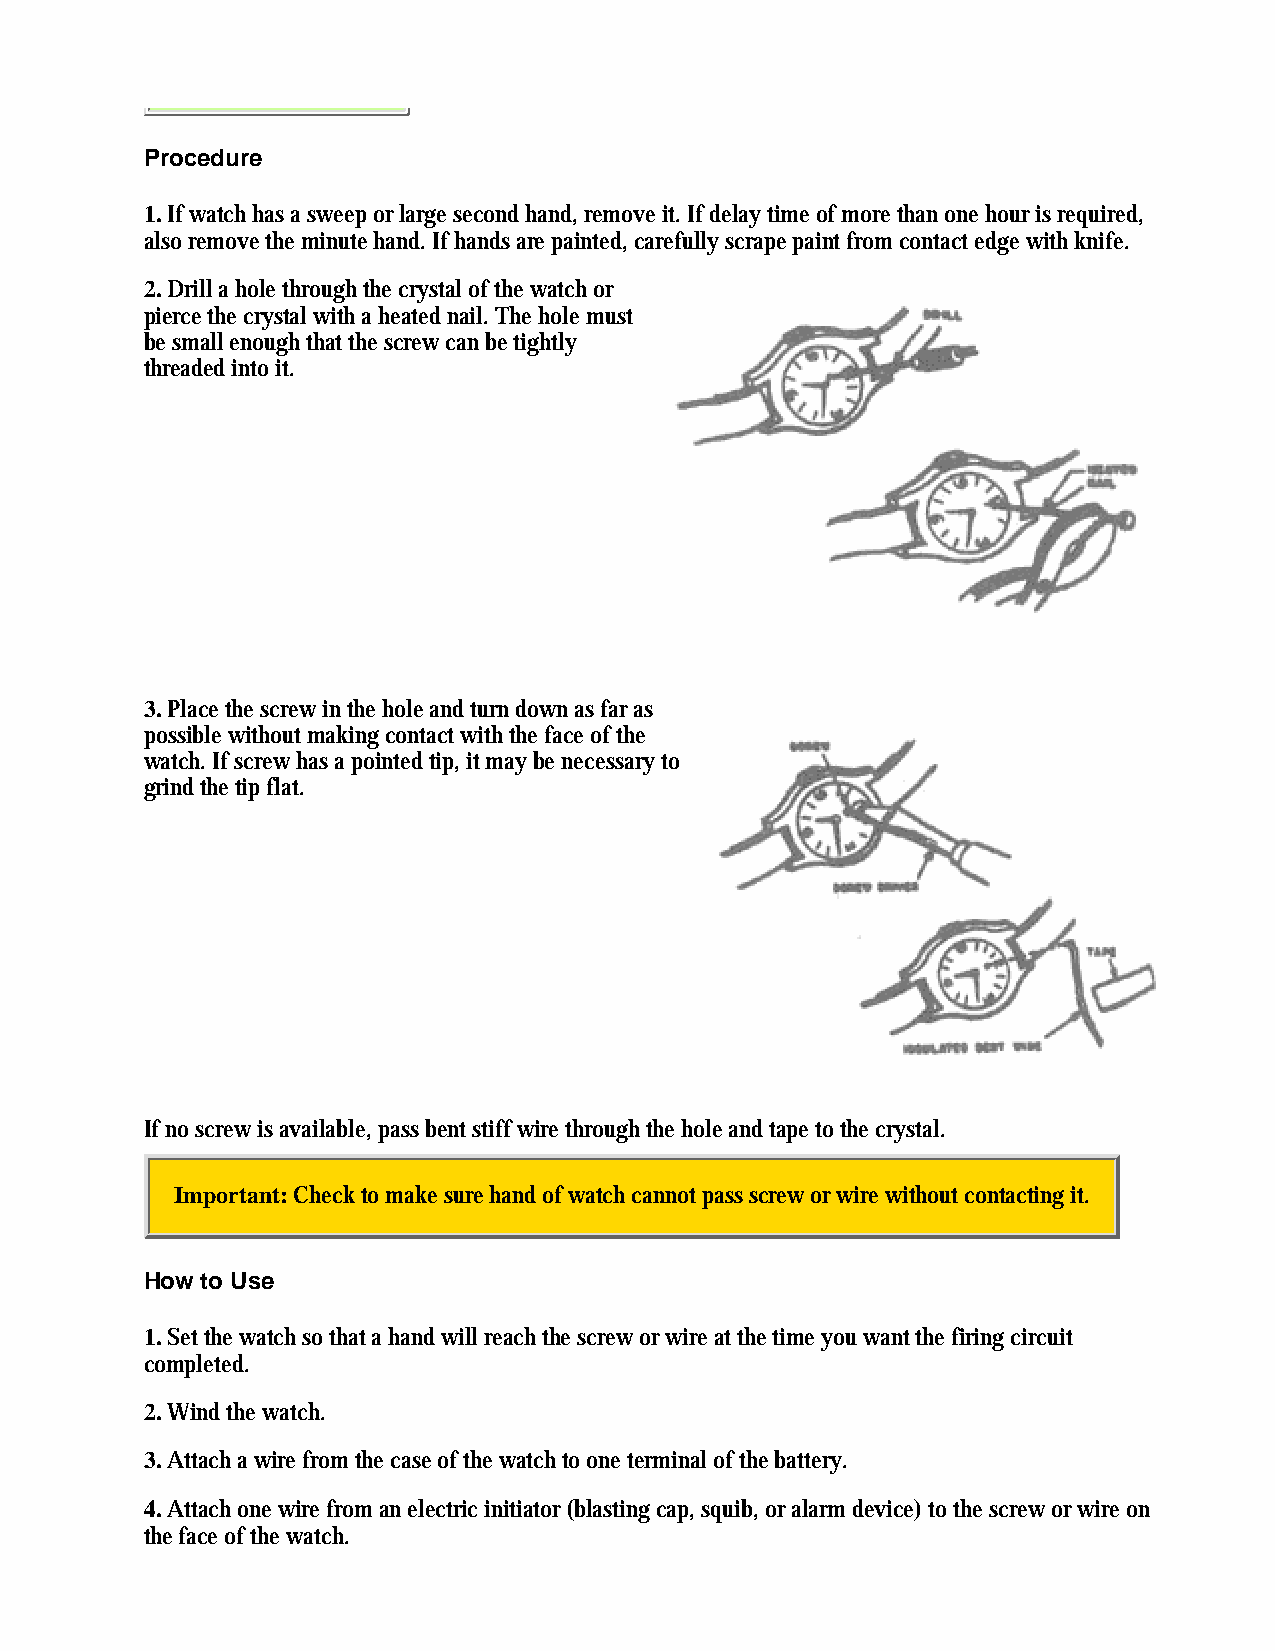
Procedure
 1. If watch has a sweep or large second hand, remove it. If delay time of more than one hour is required,
 also remove the minute hand. If hands are painted, carefully scrape paint from contact edge with knife.
 2. Drill a hole through the crystal of the watch or
 pierce the crystal with a heated nail. The hole must
 be small enough that the screw can be tightly
 threaded into it.
 3. Place the screw in the hole and turn down as far as
 possible without making contact with the face of the
 watch. If screw has a pointed tip, it may be necessary to
 grind the tip flat.
 If no screw is available, pass bent stiff wire through the hole and tape to the crystal.
 Important: Check to make sure hand of watch cannot pass screw or wire without contacting it.
 How to Use
 1. Set the watch so that a hand will reach the screw or wire at the time you want the firing circuit
 completed.
 2. Wind the watch.
 3. Attach a wire from the case of the watch to one terminal of the battery.
 4. Attach one wire from an electric initiator (blasting cap, squib, or alarm device) to the screw or wire on
 the face of the watch.